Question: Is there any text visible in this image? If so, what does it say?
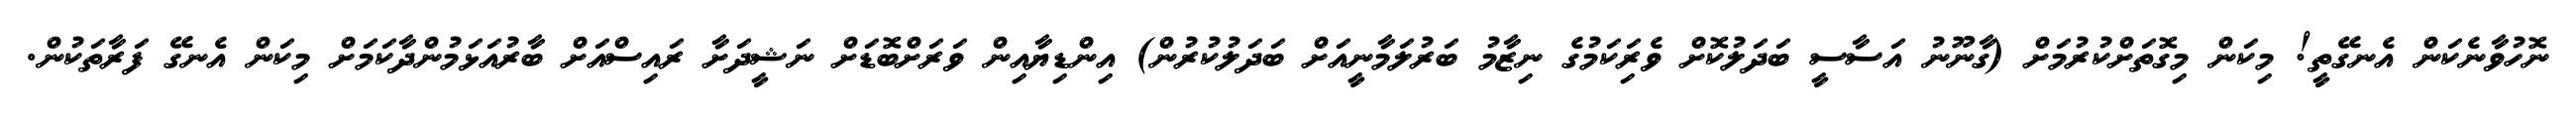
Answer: ނޮހުވާނެކަން އެނގޭތީ! މިކަން މިގޮތަށްކުރުމަށް (ގާނޫނު އަސާސީ ބަދަލުކޮށް ވެރިަކަމުގެ ނިޒާމު ބަރުލަމާނީއަށް ބަދަލުކުރުން) އިންޑިޔާއިން ވަރަށްބޮޑަށް ނަޝީދަށާ ރައިސްއަށް ބާރުއަޅަމުންދާކަމަށް މިކަން އެނގޭ ފަރާތަކުން.